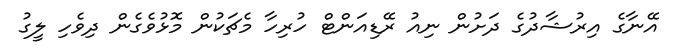
އޭނާގެ އިރުޝާދުގެ ދަށުން ނިއު ރޭޑިއަންޓް ހުރިހާ މެޗަކުން މޮޅުވެގެން ދިވެހި ލީގު